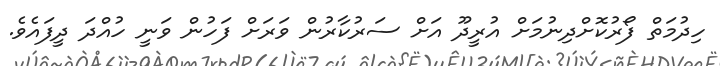
ހިދުމަތް ފޯރުކޮށްދިނުމަށް އުރީދޫ އަށް ސަރުކާރުން ވަރަށް ފަހުން ވަނީ ހުއްދަ ދީފައެވެ.